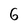
Character: 6